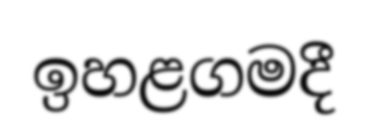
ඉහළගමදී